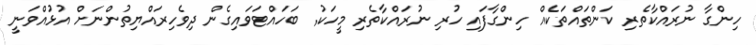
ހިންގާ ނުރައްކާތެރި ކަންތައްތަކެއް ހިންގާފައި ހުރި ނުރައްކާތެރި މީހަކު